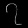
Digit: ၇